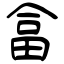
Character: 畣